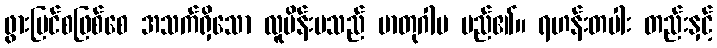
ဖွားမြင်စဖြစ်စေ အသက်ရှိသော လူမိန်းမသည် မာတုဂါမ မည်၏။ ရဟန်းတပါး တည်းနှင့်